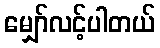
မျှော်လင့်ပါတယ်